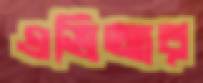
এভিআর